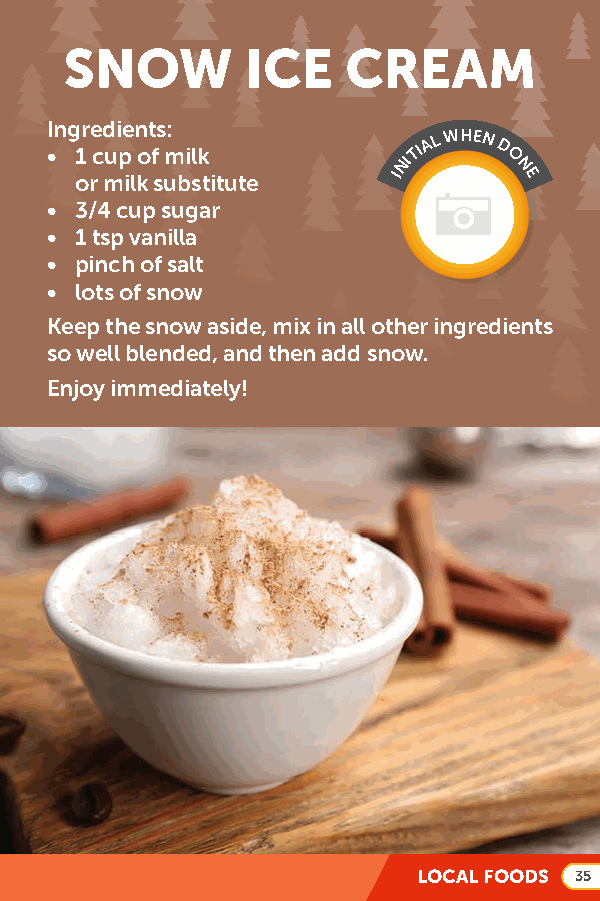
SNOW        ICE    CREAM
 Ingredients:
 • 1
 o
 rc mup
 il
 ko f
 s
 um bil sk
 t i tute
 INITIA L WHEN D O
 N
 E
 • 3/4 cup sugar
 • 1 tsp vanilla
 • pinch of salt
 • lots of snow
 Keep the snow aside, mix in all other ingredients
 so well blended, and then add snow.
 Enjoy immediately!
 LOCAL FOODS 35